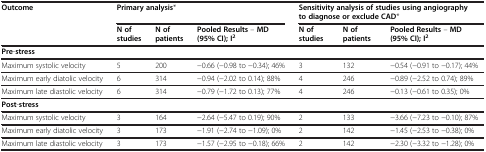
<table><thead><tr><td rowspan="2"><b>Outcome</b></td><td colspan="3"><b>Primary analysis*</b></td><td colspan="3"><b>Sensitivity analysis of studies using angiography to diagnose or exclude CAD*</b></td></tr><tr><td><b>N of studies</b></td><td><b>N of patients</b></td><td><b>Pooled Results – MD(95% CI); I<sup>2</sup></b></td><td><b>N of studies</b></td><td><b>N of patients</b></td><td><b>Pooled Results – MD(95% CI); I<sup>2</sup></b></td></tr></thead><tbody><tr><td colspan="7"><b>Pre</b>-<b>stress</b></td></tr><tr><td>Maximum systolic velocity</td><td>5</td><td>200</td><td>−0.66 (−0.98 to −0.34); 46%</td><td>3</td><td>132</td><td>−0.54 (−0.91 to −0.17); 44%</td></tr><tr><td>Maximum early diatolic velocity</td><td>6</td><td>314</td><td>−0.94 (−2.02 to 0.14); 88%</td><td>4</td><td>246</td><td>−0.89 (−2.52 to 0.74); 89%</td></tr><tr><td>Maximum late diastolic velocity</td><td>6</td><td>314</td><td>−0.79 (−1.72 to 0.13); 77%</td><td>4</td><td>246</td><td>−0.13 (−0.61 to 0.35); 0%</td></tr><tr><td colspan="7"><b>Post</b>-<b>stress</b></td></tr><tr><td>Maximum systolic velocity</td><td>3</td><td>164</td><td>−2.64 (−5.47 to 0.19); 90%</td><td>2</td><td>133</td><td>−3.66 (−7.23 to −0.10); 87%</td></tr><tr><td>Maximum early diatolic velocity</td><td>3</td><td>173</td><td>−1.91 (−2.74 to −1.09); 0%</td><td>2</td><td>142</td><td>−1.45 (−2.53 to −0.38); 0%</td></tr><tr><td>Maximum late diastolic velocity</td><td>3</td><td>173</td><td>−1.57 (−2.95 to −0.18); 66%</td><td>2</td><td>142</td><td>−2.30 (−3.32 to −1.28); 0%</td></tr></tbody></table>